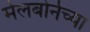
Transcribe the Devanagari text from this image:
मेलबोर्नच्या